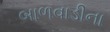
બાળવાડીના